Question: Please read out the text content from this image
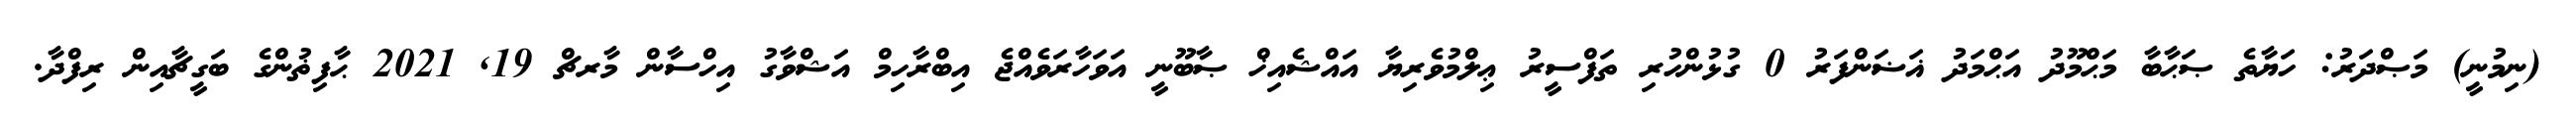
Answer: (ނިމުނީ) މަޞްދަރު: ހަޔާތެ ޞަޙާބާ މަޙްމޫދު އަޙްމަދު ޣަޟަންފަރު 0 ގުޅުންހުރި ތަފްސީރު ޢިލްމުވެރިޔާ އައްޝެއިޚް ޞާބޫނީ އަވަހާރަވެއްޖެ އިބްރާހިމް އަޝްވާގު އިހްސާން މާރޗް 19, 2021 ޙާފިޡުންގެ ބަގީޗާއިން ރިފްދާ.